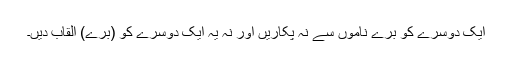
ایک دوسرے کو برے ناموں سے نہ پکاریں اور نہ یہ ایک دوسرے کو (برے) القاب دیں۔